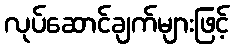
လုပ်ဆောင်ချက်များဖြင့်